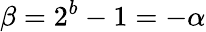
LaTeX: \beta=2^{b}-1=-\alpha